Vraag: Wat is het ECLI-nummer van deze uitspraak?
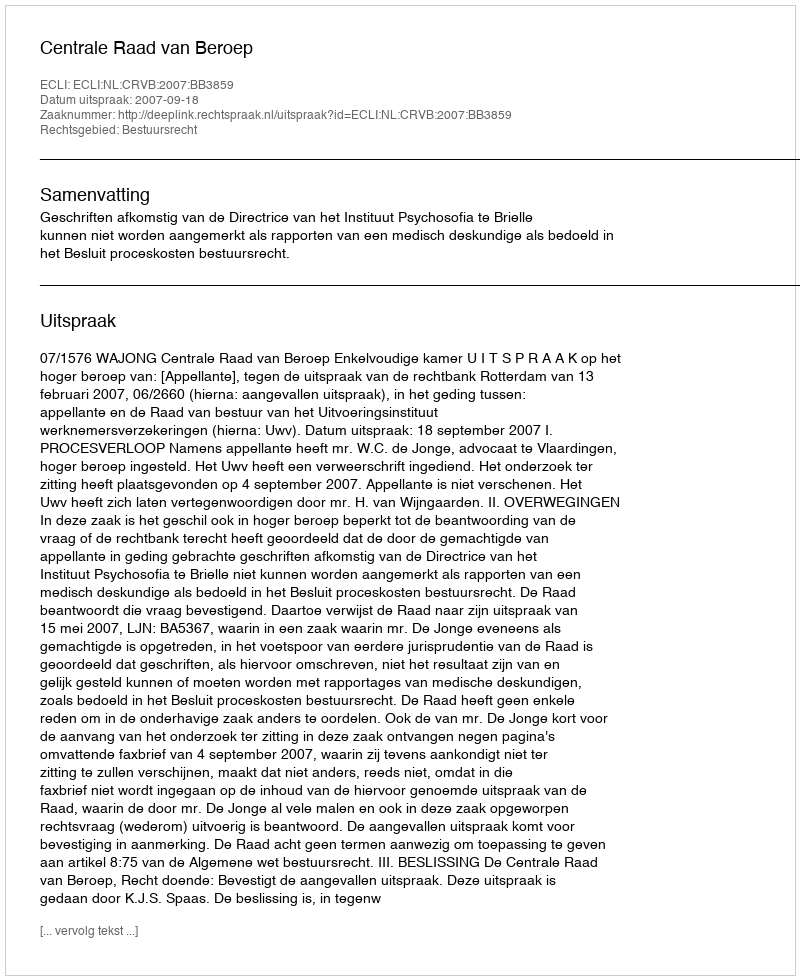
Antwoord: ECLI:NL:CRVB:2007:BB3859